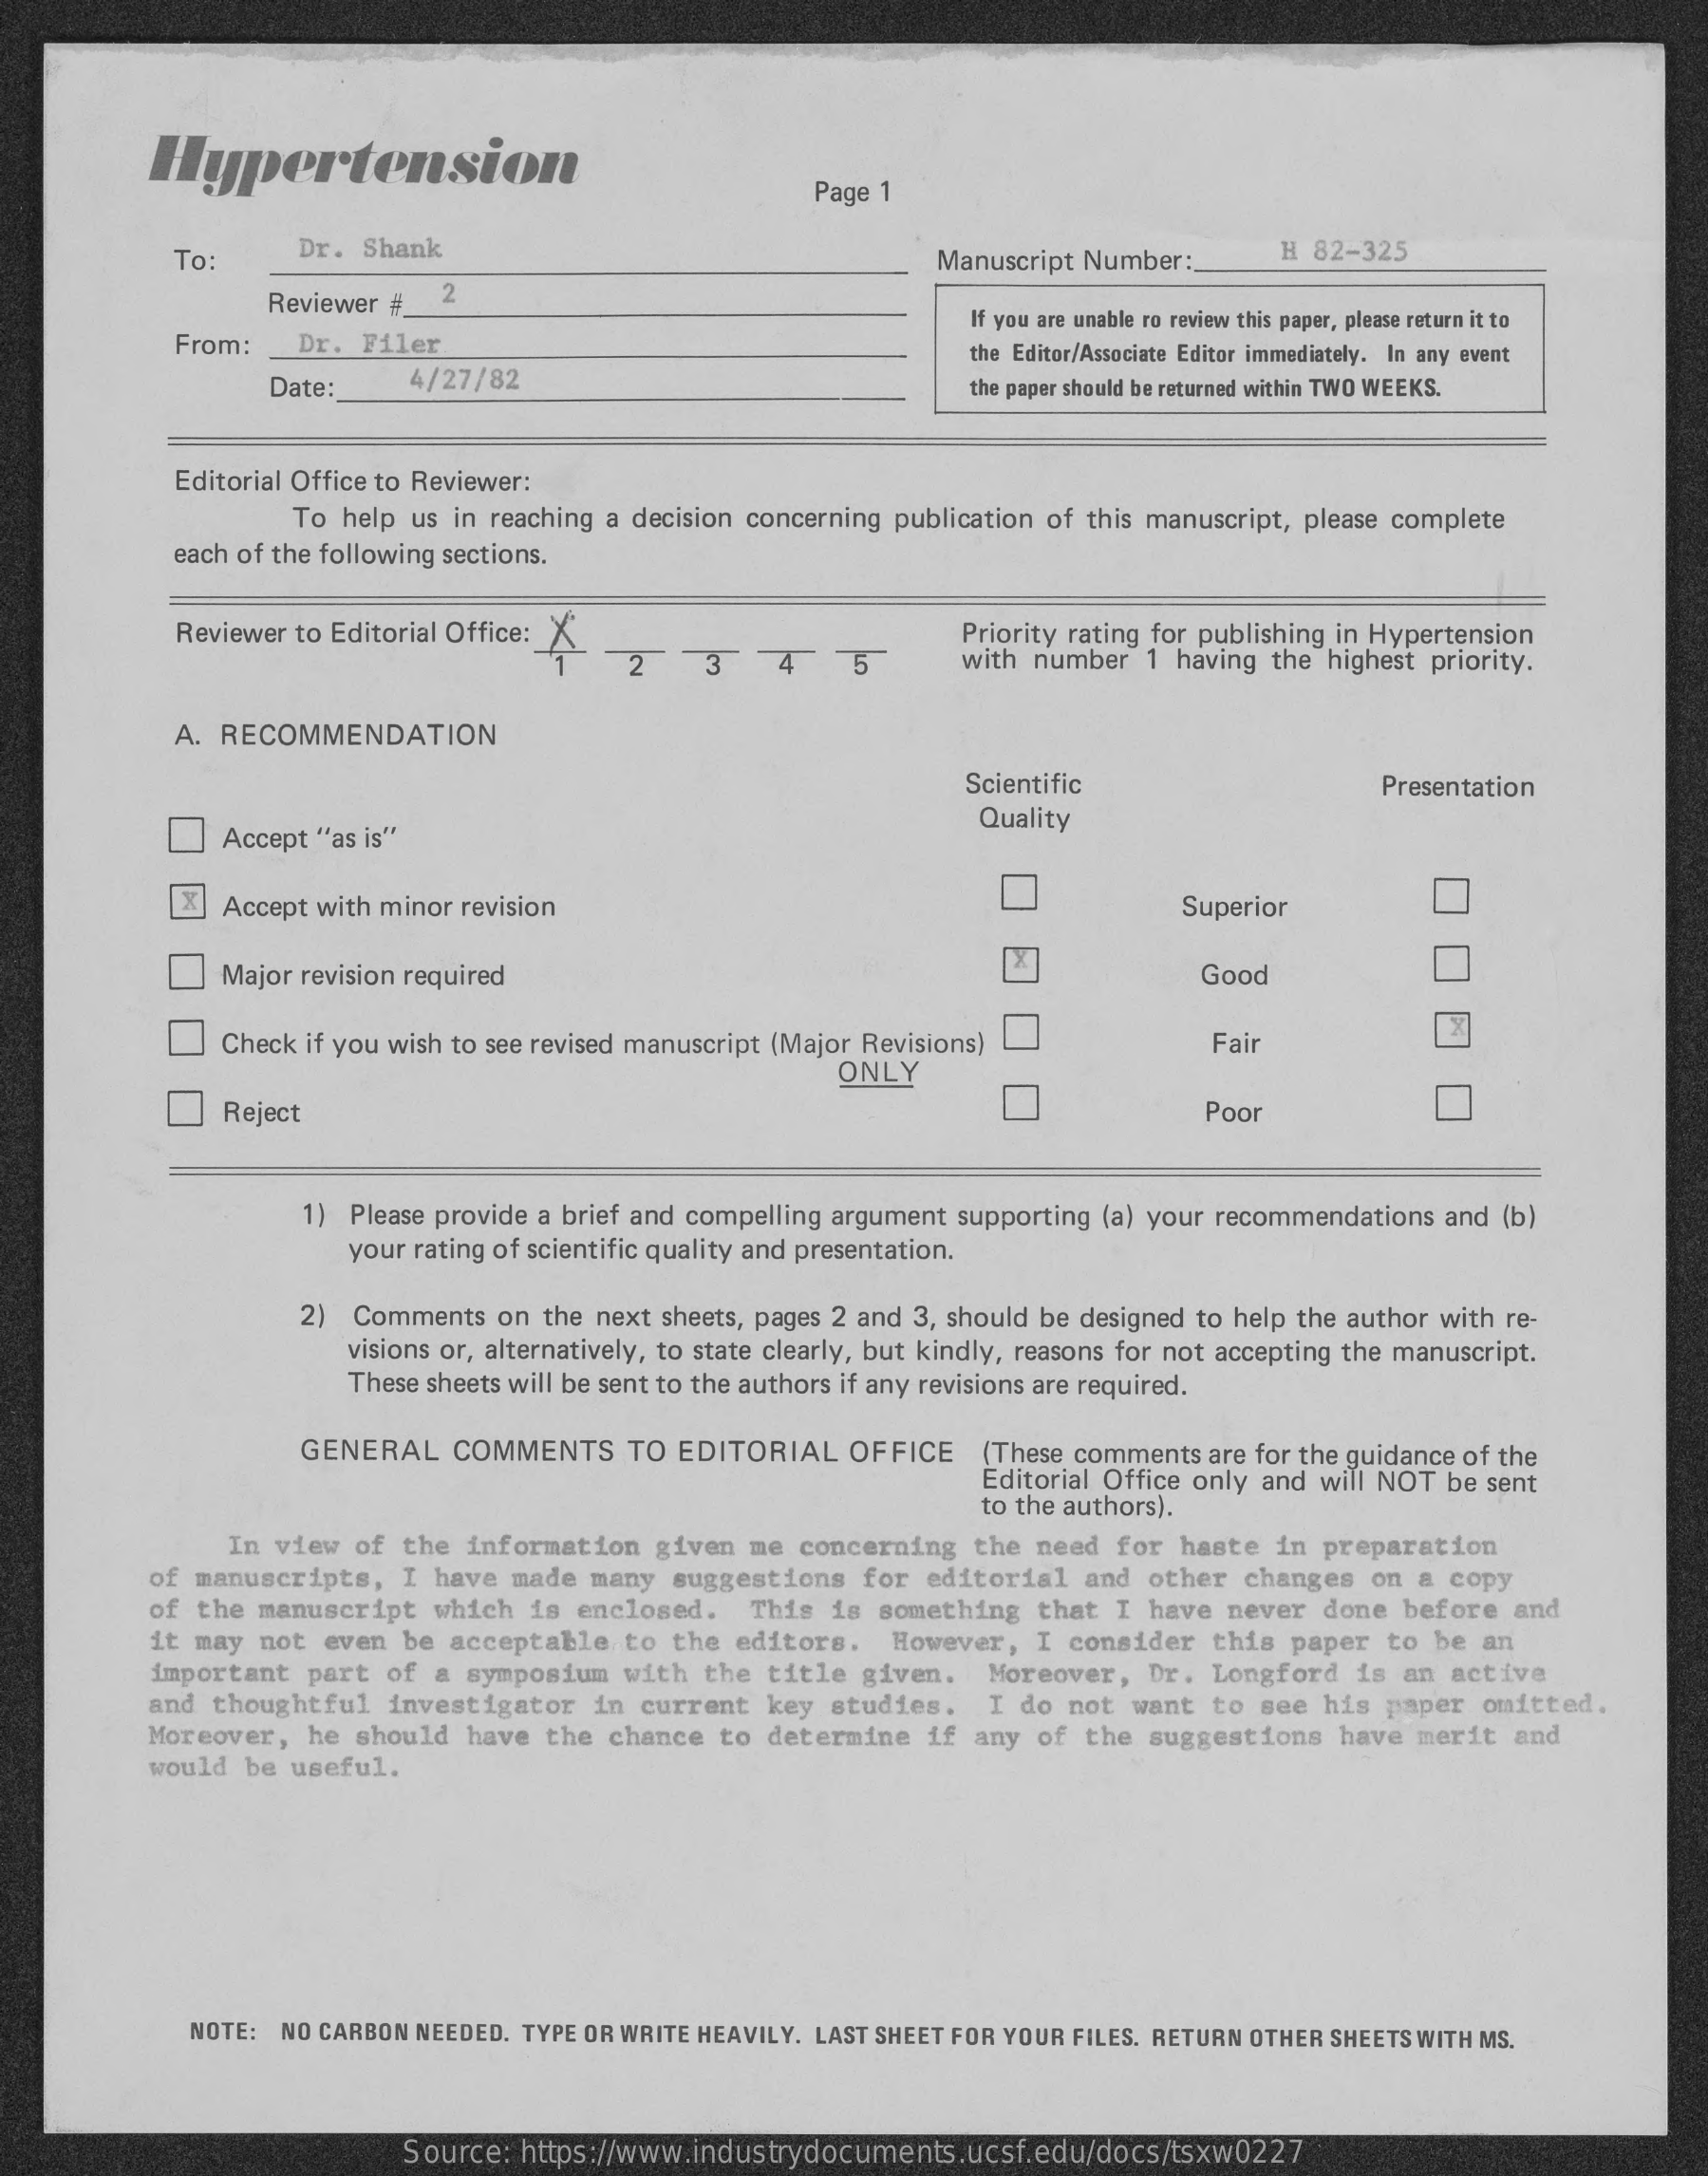
Hypertension
     Page 1
     To:    Dr. Shank    Manuscript Number:    H 82-325
     Reviewer #_ 2
     From:   Dr. Filer
     If you are unable ro review this paper, please return it to
     Date:    4/27/82
     the Editor/Associate Editor immediately. In any event
     the paper should be returned within TWO WEEKS.
     Editorial Office to Reviewer:
     To help us in reaching a decision concerning publication of this manuscript, please complete
     each of the following sections.
     Reviewer to Editorial Office: 1 2 3    4    5
     Priority rating for publishing in Hypertension
     with number 1 having the highest priority.
     A. RECOMMENDATION
     Scientific    Presentation
     Accept "as is"
     Quality
     X  Accept with minor revision    Superior
     Major revision required    Good
     Check if you wish to see revised manuscript (Major Revisions)   Fai
     ONLY
     Reject    Poor
     1) Please provide a brief and compelling argument supporting (a) your recommendations and (b)
     your rating of scientific quality and presentation.
     2) Comments  on the next sheets, pages 2 and 3, should be designed to help the author with re-
     visions or, alternatively, to state clearly, but kindly, reasons for not accepting the manuscript.
     These sheets will be sent to the authors if any revisions are required.
     GENERAL   COMMENTS   TO EDITORIAL  OFFICE   (These comments are for the guidance of the
     Editorial Office only and will NOT be sent
     to the authors).
     In view of the information given me concerning the need for haste  in preparation
     of manuscripts, I have made many suggestions for editorial and other changes  on a copy
     of the manuscript which is enclosed.  This is something that I have never  done before and
     it may not even be acceptable to the editors.  However, I consider this paper  to be an
     important part of a symposium with the title given.  Moreover, Dr. Longford  is an active
     and thoughtful investigator in current key studies.  I do not want to see  his paper omitted.
     Moreover, he should have the chance to determine if any of the suggestions  have merit and
     would be useful.
     NOTE: NO CARBON NEEDED. TYPE OR WRITE HEAVILY. LAST SHEET FOR YOUR FILES. RETURN OTHER SHEETS WITH MS.
     Source: https://www.industrydocuments.ucsf.edu/docs/tsxw0227